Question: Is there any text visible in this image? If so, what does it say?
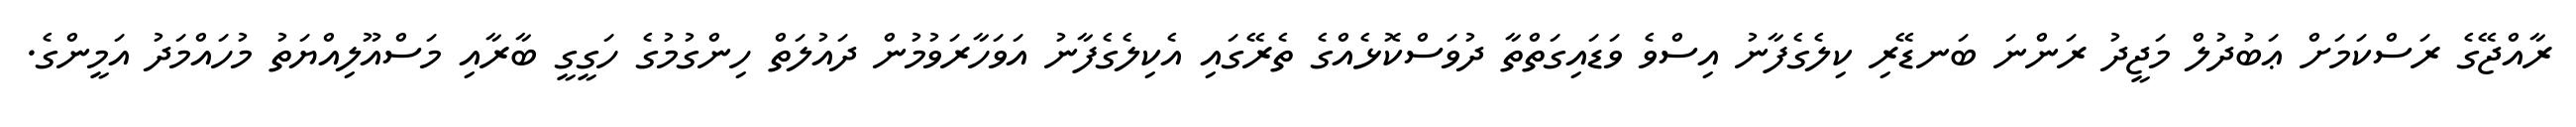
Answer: ރާއްޖޭގެ ރަސްކަމަށް ޢަބުދުލް މަޖީދު ރަންނަ ބަނޑޭރި ކިލެގެފާނު އިސްވެ ވަޑައިގަތްތާ ދުވަސްކޮޅެއްގެ ތެރޭގައި އެކިލެގެފާނު އަވަހާރަވުމުން ދައުލަތް ހިންގުމުގެ ހަގީގީ ބާރާއި މަސްއޫލިއްޔަތު މުހައްމަދު އަމީންގެ.